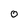
Character: 0